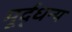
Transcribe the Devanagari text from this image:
मूर्द्धन्य